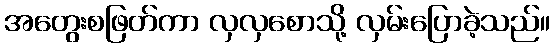
အတွေးစဖြတ်ကာ လှလှစောသို့ လှမ်းပြောခဲ့သည်။